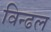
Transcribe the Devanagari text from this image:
विन्ढल